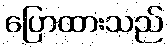
ပြောထားသည်